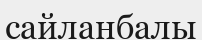
сайланбалы